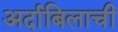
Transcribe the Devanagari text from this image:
अर्दाबिलाची